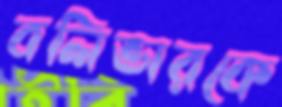
বলিভারকে